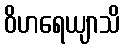
ဝိဟရေယျာသိ